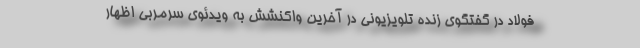
فولاد در گفتگوی زنده تلویزیونی در آخرین واکنشش به ویدئوی سرمربی اظهار